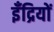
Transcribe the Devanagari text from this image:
इँद्रियों